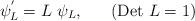
LaTeX: \begin{align*}\psi_{L}^{'} = L~\psi_{L},~~~~~({\rm Det}~L = 1)\end{align*}